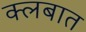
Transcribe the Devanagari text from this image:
क्लबात